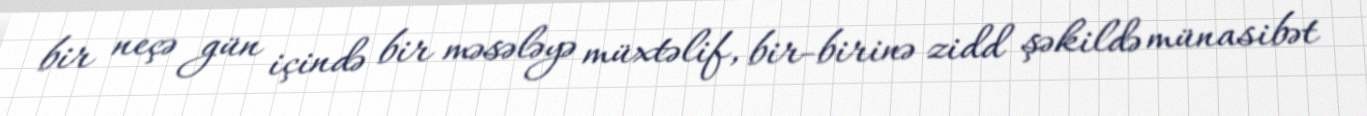
bir neçə gün içində bir məsələyə müxtəlif, bir-birinə zidd şəkildə münasibət